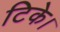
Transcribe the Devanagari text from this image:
टिके।